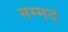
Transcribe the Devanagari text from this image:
मम्मद